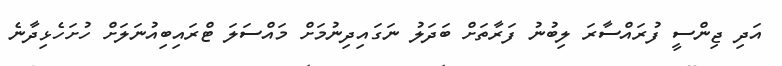
އަދި ޖިންސީ ފުރައްސާރަ ލިބުނު ފަރާތަށް ބަދަލު ނަގައިދިނުމަށް މައްސަލަ ޓްރައިބިއުނަލަށް ހުށަހެޅިދާނެ